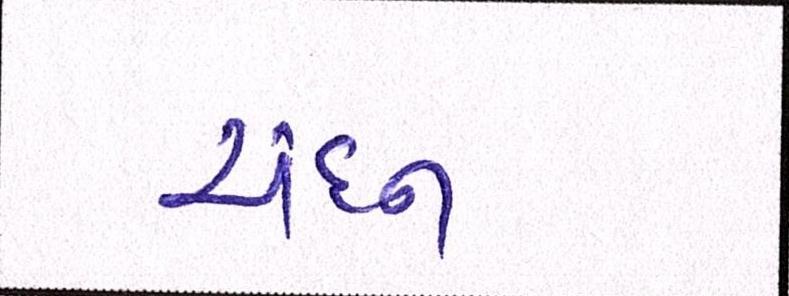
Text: ચંદન